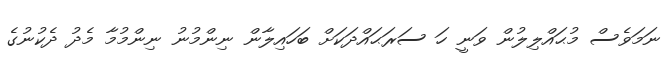
ނަމަވެސް މުޙައްލިލުން ވަނީ ހަ ސަރަޙައްދަކަށް ބަހައިލާން ނިންމުނު ނިންމުމާ މެދު ދެކުނުގެ